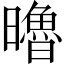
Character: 𣋼